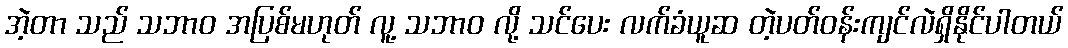
အဲ့တာ သည် သဘာဝ အပြစ်မဟုတ် လူ့ သဘာဝ လို့ သင်ပေး လက်ခံယူဆ တဲ့ပတ်ဝန်းကျင်လဲရှိနိုင်ပါတယ်